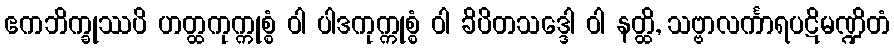
ဧကဘိက္ခုဿပိ ဟတ္ထကုက္ကုစ္စံ ဝါ ပါဒကုက္ကုစ္စံ ဝါ ခိပိတသဒ္ဒေါ ဝါ နတ္ထိ, သဗ္ဗာလင်္ကာရပဋိမဏ္ဍိတံ